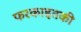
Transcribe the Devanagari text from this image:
फरकाइतकी